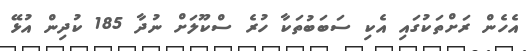
އެހެން ރަށްތަކުގައި އެކި ސަބަބުތަކާ ހުރެ ސްކޫލަށް ނުދާ 185 ކުދިން އުޅޭ